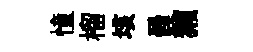
憧榴垓員獺